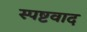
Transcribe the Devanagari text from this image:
स्पष्टवाद